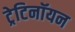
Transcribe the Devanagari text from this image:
ट्रेटिनॉयन